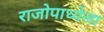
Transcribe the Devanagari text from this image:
राजोपाध्येला